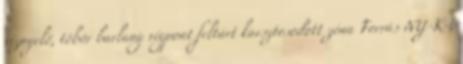
víznyelő, töbör barlang végpont feltárt karsztosodott zóna Forrás NY-K-i